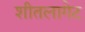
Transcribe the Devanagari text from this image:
शीतलागेट